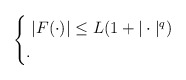
\begin{align*}\begin{cases} \;|F(\cdot)|\leq L(1+|\cdot|^{q})\;\emph{} \\ .\end{cases}\end{align*}